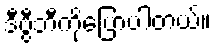
ဒီဗွီဘီကိုပြောပါတယ်။